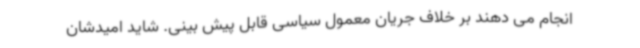
انجام می دهند بر خلاف جریان معمول سیاسی قابل پیش بینی. شاید امیدشان